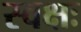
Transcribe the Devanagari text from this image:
स्वक्षः